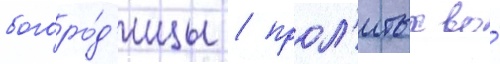
богоро́д'ицы / прол'итых во́